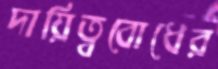
দায়িত্ববোধের